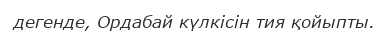
дегенде, Ордабай күлкісін тия қойыпты.